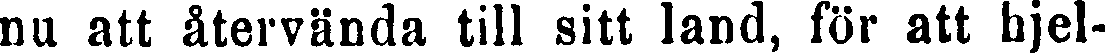
na att återvända till sitt land, för att hjel-